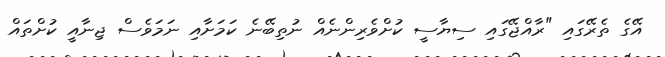
އޭގެ ތެރޭގައި "ރާއްޖޭގައި ސިޔާސީ ކުށްވެރިންނެއް ނުތިބޭނެ ކަމަށާއި ނަމަވެސް ޖިނާއީ ކުށްތައް